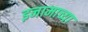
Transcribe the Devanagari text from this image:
इनामाच्या